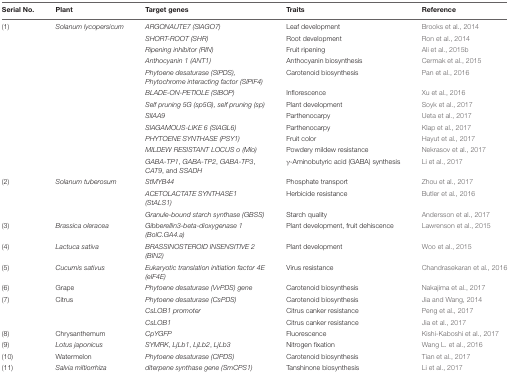
<table><thead><tr><td><b>Serial No.</b></td><td><b>Plant</b></td><td><b>Target genes</b></td><td><b>Traits</b></td><td><b>Reference</b></td></tr></thead><tbody><tr><td>(1)</td><td><i>Solanum lycopersicum</i></td><td><i>ARGONAUTE7 (SlAGO7)</i></td><td>Leaf development</td><td>Brooks et al., 2014</td></tr><tr><td></td><td></td><td><i>SHORT-ROOT (SHR)</i></td><td>Root development</td><td>Ron et al., 2014</td></tr><tr><td></td><td></td><td><i>Ripening inhibitor (RIN)</i></td><td>Fruit ripening</td><td>Ali et al., 2015b</td></tr><tr><td></td><td></td><td><i>Anthocyanin 1 (ANT1)</i></td><td>Anthocyanin biosynthesis</td><td>Cermak et al., 2015</td></tr><tr><td></td><td></td><td><i>Phytoene desaturase (SlPDS), Phytochrome interacting factor (SlPIF4)</i></td><td>Carotenoid biosynthesis</td><td>Pan et al., 2016</td></tr><tr><td></td><td></td><td><i>BLADE-ON-PETIOLE (SlBOP)</i></td><td>Inflorescence</td><td>Xu et al., 2016</td></tr><tr><td></td><td></td><td><i>Self pruning 5G (sp5G), self pruning (sp)</i></td><td>Plant development</td><td>Soyk et al., 2017</td></tr><tr><td></td><td></td><td><i>SlIAA9</i></td><td>Parthenocarpy</td><td>Ueta et al., 2017</td></tr><tr><td></td><td></td><td><i>SlAGAMOUS-LIKE 6 (SlAGL6)</i></td><td>Parthenocarpy</td><td>Klap et al., 2017</td></tr><tr><td></td><td></td><td><i>PHYTOENE SYNTHASE (PSY1)</i></td><td>Fruit color</td><td>Hayut et al., 2017</td></tr><tr><td></td><td></td><td><i>MILDEW RESISTANT LOCUS o (Mlo)</i></td><td>Powdery mildew resistance</td><td>Nekrasov et al., 2017</td></tr><tr><td></td><td></td><td><i>GABA-TP1</i>, <i>GABA-TP2</i>, <i>GABA-TP3</i>, <i>CAT9</i>, and <i>SSADH</i></td><td>γ-Aminobutyric acid (GABA) synthesis</td><td>Li et al., 2017</td></tr><tr><td>(2)</td><td><i>Solanum tuberosum</i></td><td><i>StMYB44</i></td><td>Phosphate transport</td><td>Zhou et al., 2017</td></tr><tr><td></td><td></td><td><i>ACETOLACTATE SYNTHASE1 (StALS1)</i></td><td>Herbicide resistance</td><td>Butler et al., 2016</td></tr><tr><td></td><td></td><td><i>Granule-bound starch synthase (GBSS)</i></td><td>Starch quality</td><td>Andersson et al., 2017</td></tr><tr><td>(3)</td><td><i>Brassica oleracea</i></td><td><i>Gibberellin3-beta-dioxygenase 1 (BolC.GA4.a)</i></td><td>Plant development, fruit dehiscence</td><td>Lawrenson et al., 2015</td></tr><tr><td>(4)</td><td><i>Lactuca sativa</i></td><td><i>BRASSINOSTEROID INSENSITIVE 2 (BIN2)</i></td><td>Plant development</td><td>Woo et al., 2015</td></tr><tr><td>(5)</td><td><i>Cucumis sativus</i></td><td><i>Eukaryotic translation initiation factor 4E (eIF4E)</i></td><td>Virus resistance</td><td>Chandrasekaran et al., 2016</td></tr><tr><td>(6)</td><td>Grape</td><td><i>Phytoene desaturase (VvPDS) gene</i></td><td>Carotenoid biosynthesis</td><td>Nakajima et al., 2017</td></tr><tr><td>(7)</td><td>Citrus</td><td><i>Phytoene desaturase (CsPDS)</i></td><td>Carotenoid biosynthesis</td><td>Jia and Wang, 2014</td></tr><tr><td></td><td></td><td><i>CsLOB1 promoter</i></td><td>Citrus canker resistance</td><td>Peng et al., 2017</td></tr><tr><td></td><td></td><td><i>CsLOB1</i></td><td>Citrus canker resistance</td><td>Jia et al., 2017</td></tr><tr><td>(8)</td><td>Chrysanthemum</td><td><i>CpYGFP</i></td><td>Fluorescence</td><td>Kishi-Kaboshi et al., 2017</td></tr><tr><td>(9)</td><td><i>Lotus japonicus</i></td><td><i>SYMRK</i>, <i>LjLb1</i>, <i>LjLb2</i>, <i>LjLb3</i></td><td>Nitrogen fixation</td><td>Wang L. et al., 2016</td></tr><tr><td>(10)</td><td>Watermelon</td><td><i>Phytoene desaturase (ClPDS)</i></td><td>Carotenoid biosynthesis</td><td>Tian et al., 2017</td></tr><tr><td>(11)</td><td><i>Salvia miltiorrhiza</i></td><td><i>diterpene synthase gene (SmCPS1)</i></td><td>Tanshinone biosynthesis</td><td>Li et al., 2017</td></tr></tbody></table>